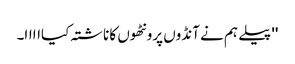
'' پیلے ہم نے آنڈوں پرونٹھوں کا ناشتہ کیااااا۔